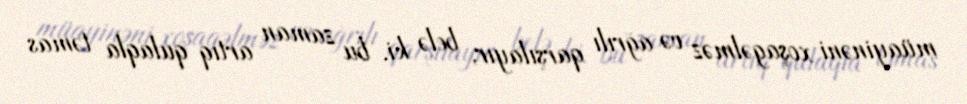
müayinəni xoşagəlməz və ağrılı qarşılayır, belə ki, bu zaman artıq qulaqla təmas